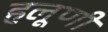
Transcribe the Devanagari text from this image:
हलूणी